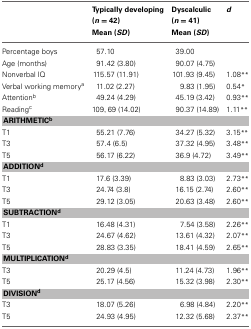
<table><thead><tr><td></td><td><b>Typically developing (<i>n</i> = 42) Mean (<i>SD</i>)</b></td><td><b>Dyscalculic (<i>n</i> = 41) Mean (<i>SD</i>)</b></td><td><b><i>d</i></b></td></tr></thead><tbody><tr><td>Percentage boys</td><td>57.10</td><td>39.00</td><td></td></tr><tr><td>Age (months)</td><td>91.42 (3.80)</td><td>90.07 (4.75)</td><td></td></tr><tr><td>Nonverbal IQ</td><td>115.57 (11.91)</td><td>101.93 (9.45)</td><td>1.08<sup>**</sup></td></tr><tr><td>Verbal working memory<sup>a</sup></td><td>11.02 (2.27)</td><td>9.83 (1.95)</td><td>0.54<sup>*</sup></td></tr><tr><td>Attention<sup>b</sup></td><td>49.24 (4.29)</td><td>45.19 (3.42)</td><td>0.93<sup>**</sup></td></tr><tr><td>Reading<sup>c</sup></td><td>109,69 (14.02)</td><td>90.37 (14.89)</td><td>1.11<sup>**</sup></td></tr><tr><td colspan="4"><b>ARITHMETIC<sup>b</sup></b></td></tr><tr><td>T1</td><td>55.21 (7.76)</td><td>34.27 (5.32)</td><td>3.15<sup>**</sup></td></tr><tr><td>T3</td><td>57.4 (6.5)</td><td>37.32 (4.95)</td><td>3.48<sup>**</sup></td></tr><tr><td>T5</td><td>56.17 (6.22)</td><td>36.9 (4.72)</td><td>3.49<sup>**</sup></td></tr><tr><td colspan="4"><b>ADDITION<sup>d</sup></b></td></tr><tr><td>T1</td><td>17.6 (3.39)</td><td>8.83 (3.03)</td><td>2.73<sup>**</sup></td></tr><tr><td>T3</td><td>24.74 (3.8)</td><td>16.15 (2.74)</td><td>2.60<sup>**</sup></td></tr><tr><td>T5</td><td>29.12 (3.05)</td><td>20.63 (3.48)</td><td>2.60<sup>**</sup></td></tr><tr><td colspan="4"><b>SUBTRACTION<sup>d</sup></b></td></tr><tr><td>T1</td><td>16.48 (4.31)</td><td>7.54 (3.58)</td><td>2.26<sup>**</sup></td></tr><tr><td>T3</td><td>24.67 (4.62)</td><td>13.61 (4.32)</td><td>2.07<sup>**</sup></td></tr><tr><td>T5</td><td>28.83 (3.35)</td><td>18.41 (4.59)</td><td>2.65<sup>**</sup></td></tr><tr><td colspan="4"><b>MULTIPLICATION<sup>d</sup></b></td></tr><tr><td>T3</td><td>20.29 (4.5)</td><td>11.24 (4.73)</td><td>1.96<sup>**</sup></td></tr><tr><td>T5</td><td>25.17 (4.56)</td><td>15.32 (3.98)</td><td>2.30<sup>**</sup></td></tr><tr><td colspan="4"><b>DIVISION<sup>d</sup></b></td></tr><tr><td>T3</td><td>18.07 (5.26)</td><td>6.98 (4.84)</td><td>2.20<sup>**</sup></td></tr><tr><td>T5</td><td>24.93 (4.95)</td><td>12.32 (5.68)</td><td>2.37<sup>**</sup></td></tr></tbody></table>